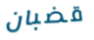
قضبان